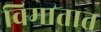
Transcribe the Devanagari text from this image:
विमातात